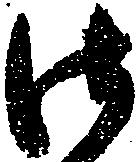
御